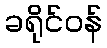
ခရိုင်ဝန်